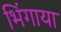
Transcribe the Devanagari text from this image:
भिंगाया